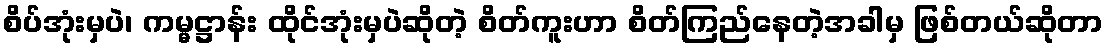
စိပ်အုံးမှပဲ၊ ကမ္မဋ္ဌာန်း ထိုင်အုံးမှပဲဆိုတဲ့ စိတ်ကူးဟာ စိတ်ကြည်နေတဲ့အခါမှ ဖြစ်တယ်ဆိုတာ